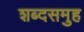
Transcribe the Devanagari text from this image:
शब्दसमुह